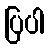
ပြပါ